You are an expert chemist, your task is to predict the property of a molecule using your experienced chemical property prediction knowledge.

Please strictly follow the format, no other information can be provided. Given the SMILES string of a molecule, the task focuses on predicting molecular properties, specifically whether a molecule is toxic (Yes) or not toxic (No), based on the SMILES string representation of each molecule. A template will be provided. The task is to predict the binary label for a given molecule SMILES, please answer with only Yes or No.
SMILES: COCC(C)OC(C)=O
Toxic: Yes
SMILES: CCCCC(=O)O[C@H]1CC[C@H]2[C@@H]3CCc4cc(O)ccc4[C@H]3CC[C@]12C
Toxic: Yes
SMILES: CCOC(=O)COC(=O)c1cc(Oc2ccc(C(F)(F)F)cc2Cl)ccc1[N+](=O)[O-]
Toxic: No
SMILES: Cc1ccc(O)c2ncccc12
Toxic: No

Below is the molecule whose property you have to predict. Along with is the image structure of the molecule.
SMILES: O=C(NCCc1c[nH]c2ccccc12)c1cccnc1
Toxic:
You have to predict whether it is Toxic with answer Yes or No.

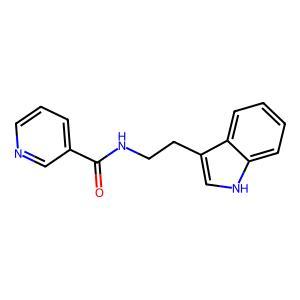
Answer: No